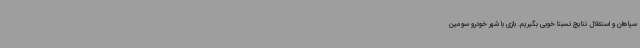
سپاهان و استقلال نتایج نسبتا خوبی بگیریم. بازی با شهر خودرو سومین